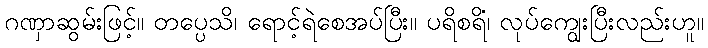
ဂဏှာဆွမ်းဖြင့်။ တပ္ပေသိ၊ ရောင့်ရဲစေအပ်ပြီး။ ပရိစရိံ၊ လုပ်ကျွေးပြီးလည်းဟူ။